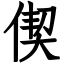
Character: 偰